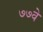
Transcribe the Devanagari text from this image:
७७वे